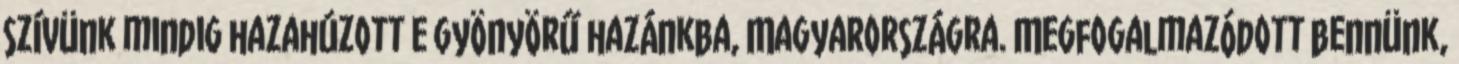
szívünk mindig hazahúzott e gyönyörű hazánkba, Magyarországra. Megfogalmazódott bennünk,